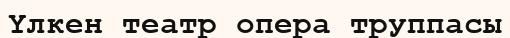
Үлкен театр опера труппасы